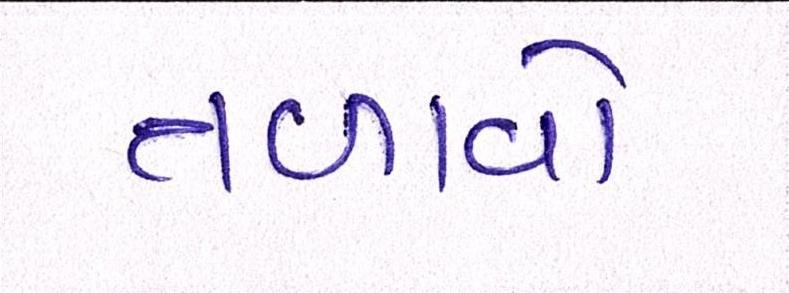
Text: તળાવો